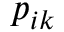
p _ { i k }